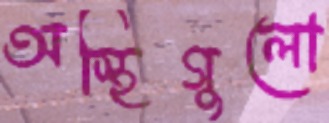
অস্থিগুলো